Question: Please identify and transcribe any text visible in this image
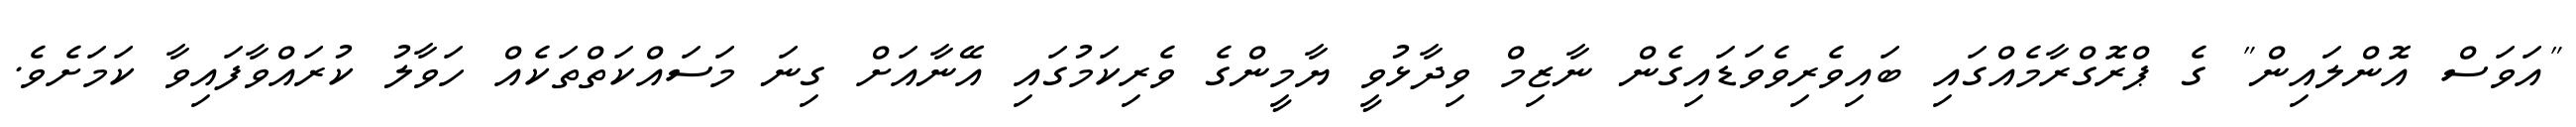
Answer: "އަވަސް އޮންލައިން" ގެ ޕްރޮގްރާމެއްގައި ބައިވެރިވެވަޑައިގެން ނާޒިމް ވިދާޅުވީ ޔާމީންގެ ވެރިކަމުގައި އޭނާއަށް ގިނަ މަސައްކަތްތަކެއް ހަވާލު ކުރައްވާފައިވާ ކަމަށެވެ.